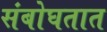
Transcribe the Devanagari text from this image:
संबोघतात